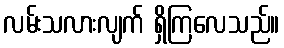
လမ်းသလားလျက် ရှိကြလေသည်။